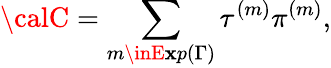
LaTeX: {\calC}=\sum_{m\inE\mathbf{x}p(\Gamma)}\tau^{(m)}\pi^{(m)},